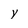
Character: y